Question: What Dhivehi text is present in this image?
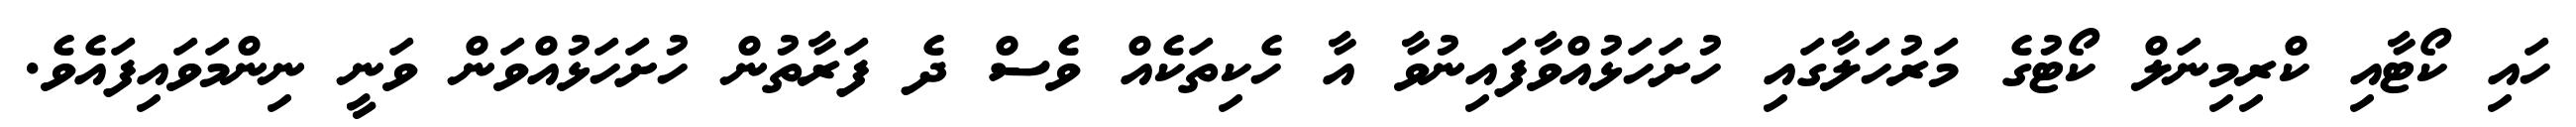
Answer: ހައި ކޯޓާއި ކްރިމިނަލް ކޯޓުގެ މަރުހަލާގައި ހުށަހަޅުއްވާފައިނުވާ އާ ހެކިތަކެއް ވެސް ދެ ފަރާތުން ހުށަހަޅުއްވަން ވަނީ ނިންމަވައިފައެވެ.